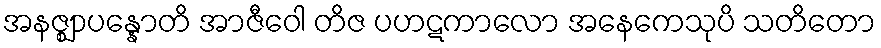
အနဇ္ဈာပန္နောတိ အာဇီဝေါ တိဇ ပဟဋကာလော အနေကေသုပိ သတိတော